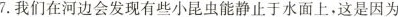
7.我们在河边会发现有些小昆虫能静止于水面上，这是因为